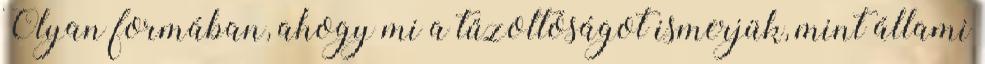
Olyan formában, ahogy mi a tűzoltóságot ismerjük, mint állami